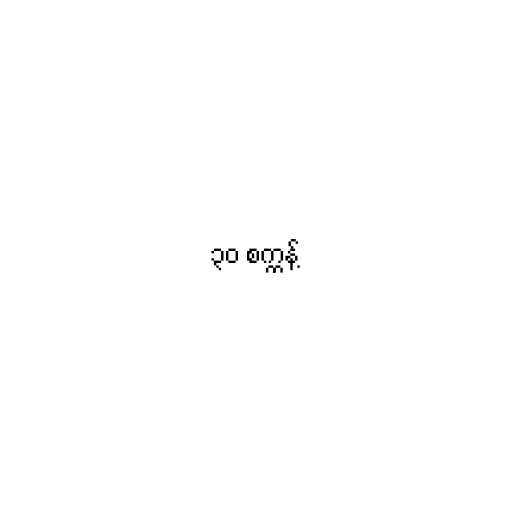
၃၀ စက္ကန့်